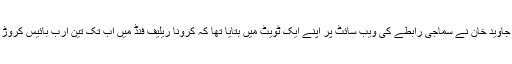
یاد رہے کہ یکم مئی کو سینیٹر فیصل جاوید خان نے سماجی رابطے کی ویب سائٹ پر اپنے ایک ٹویٹ میں بتایا تھا کہ کرونا ریلیف فنڈ میں اب تک تین ارب بائیس کروڑ روپے سے زائد رقم جمع ہوچکی ہے۔